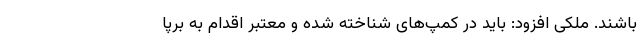
باشند. ملکی افزود: باید در کمپ‌های شناخته شده و معتبر اقدام به برپا